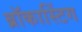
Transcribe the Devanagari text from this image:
ब्रॉकास्टिंग